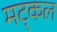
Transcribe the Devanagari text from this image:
मट्कल